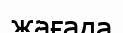
жағада